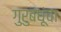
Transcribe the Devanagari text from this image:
गुरुबंधूंचा